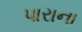
પારાના